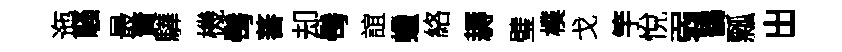
迤騷最蕡驊機髩蕃却髩誼蠟絡耨璧樸戈竽悅弱鶴瓢出